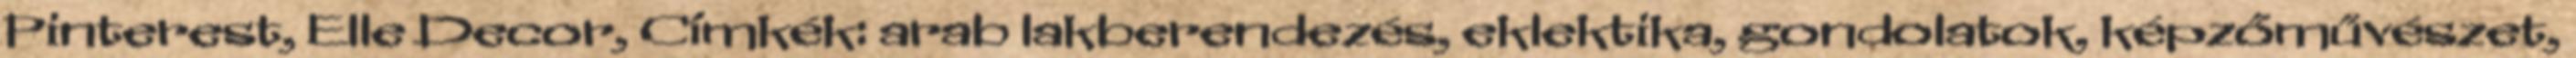
Pinterest, Elle Decor, Címkék: arab lakberendezés, eklektika, gondolatok, képzőművészet,